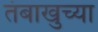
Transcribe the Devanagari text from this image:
तंबाखुच्या